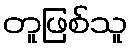
တူဖြစ်သူ